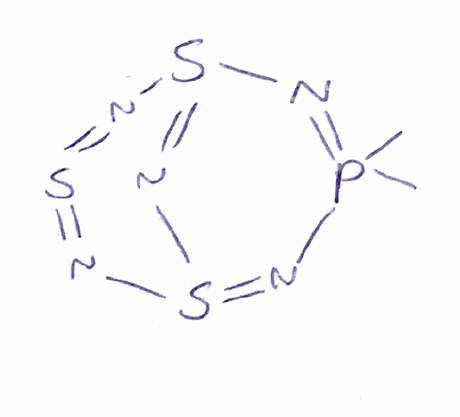
Simplified molecular-input line-entry system (SMILES) notation of the given molecule:
CP1(=NS2=NS(=N1)N=S=N2)C